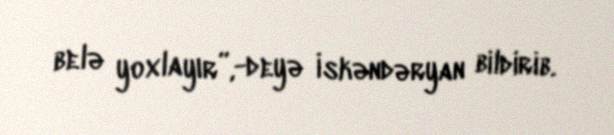
belə yoxlayır”,-deyə İskəndəryan bildirib.